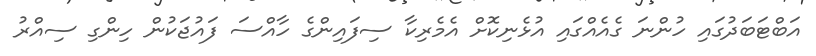
އަބްޓަބަދުގައި ހުންނަ ގެއެއްގައި އުޅެނިކޮށް އެމެރިކާ ސިފައިންގެ ހާއްސަ ފައުޖަކުން ހިންގި ސިއްރު